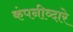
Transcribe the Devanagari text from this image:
कंपनीव्दारे